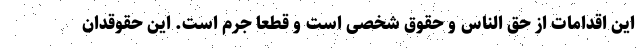
این اقدامات از حق الناس و حقوق شخصی است و قطعاً جرم است. این حقوقدان